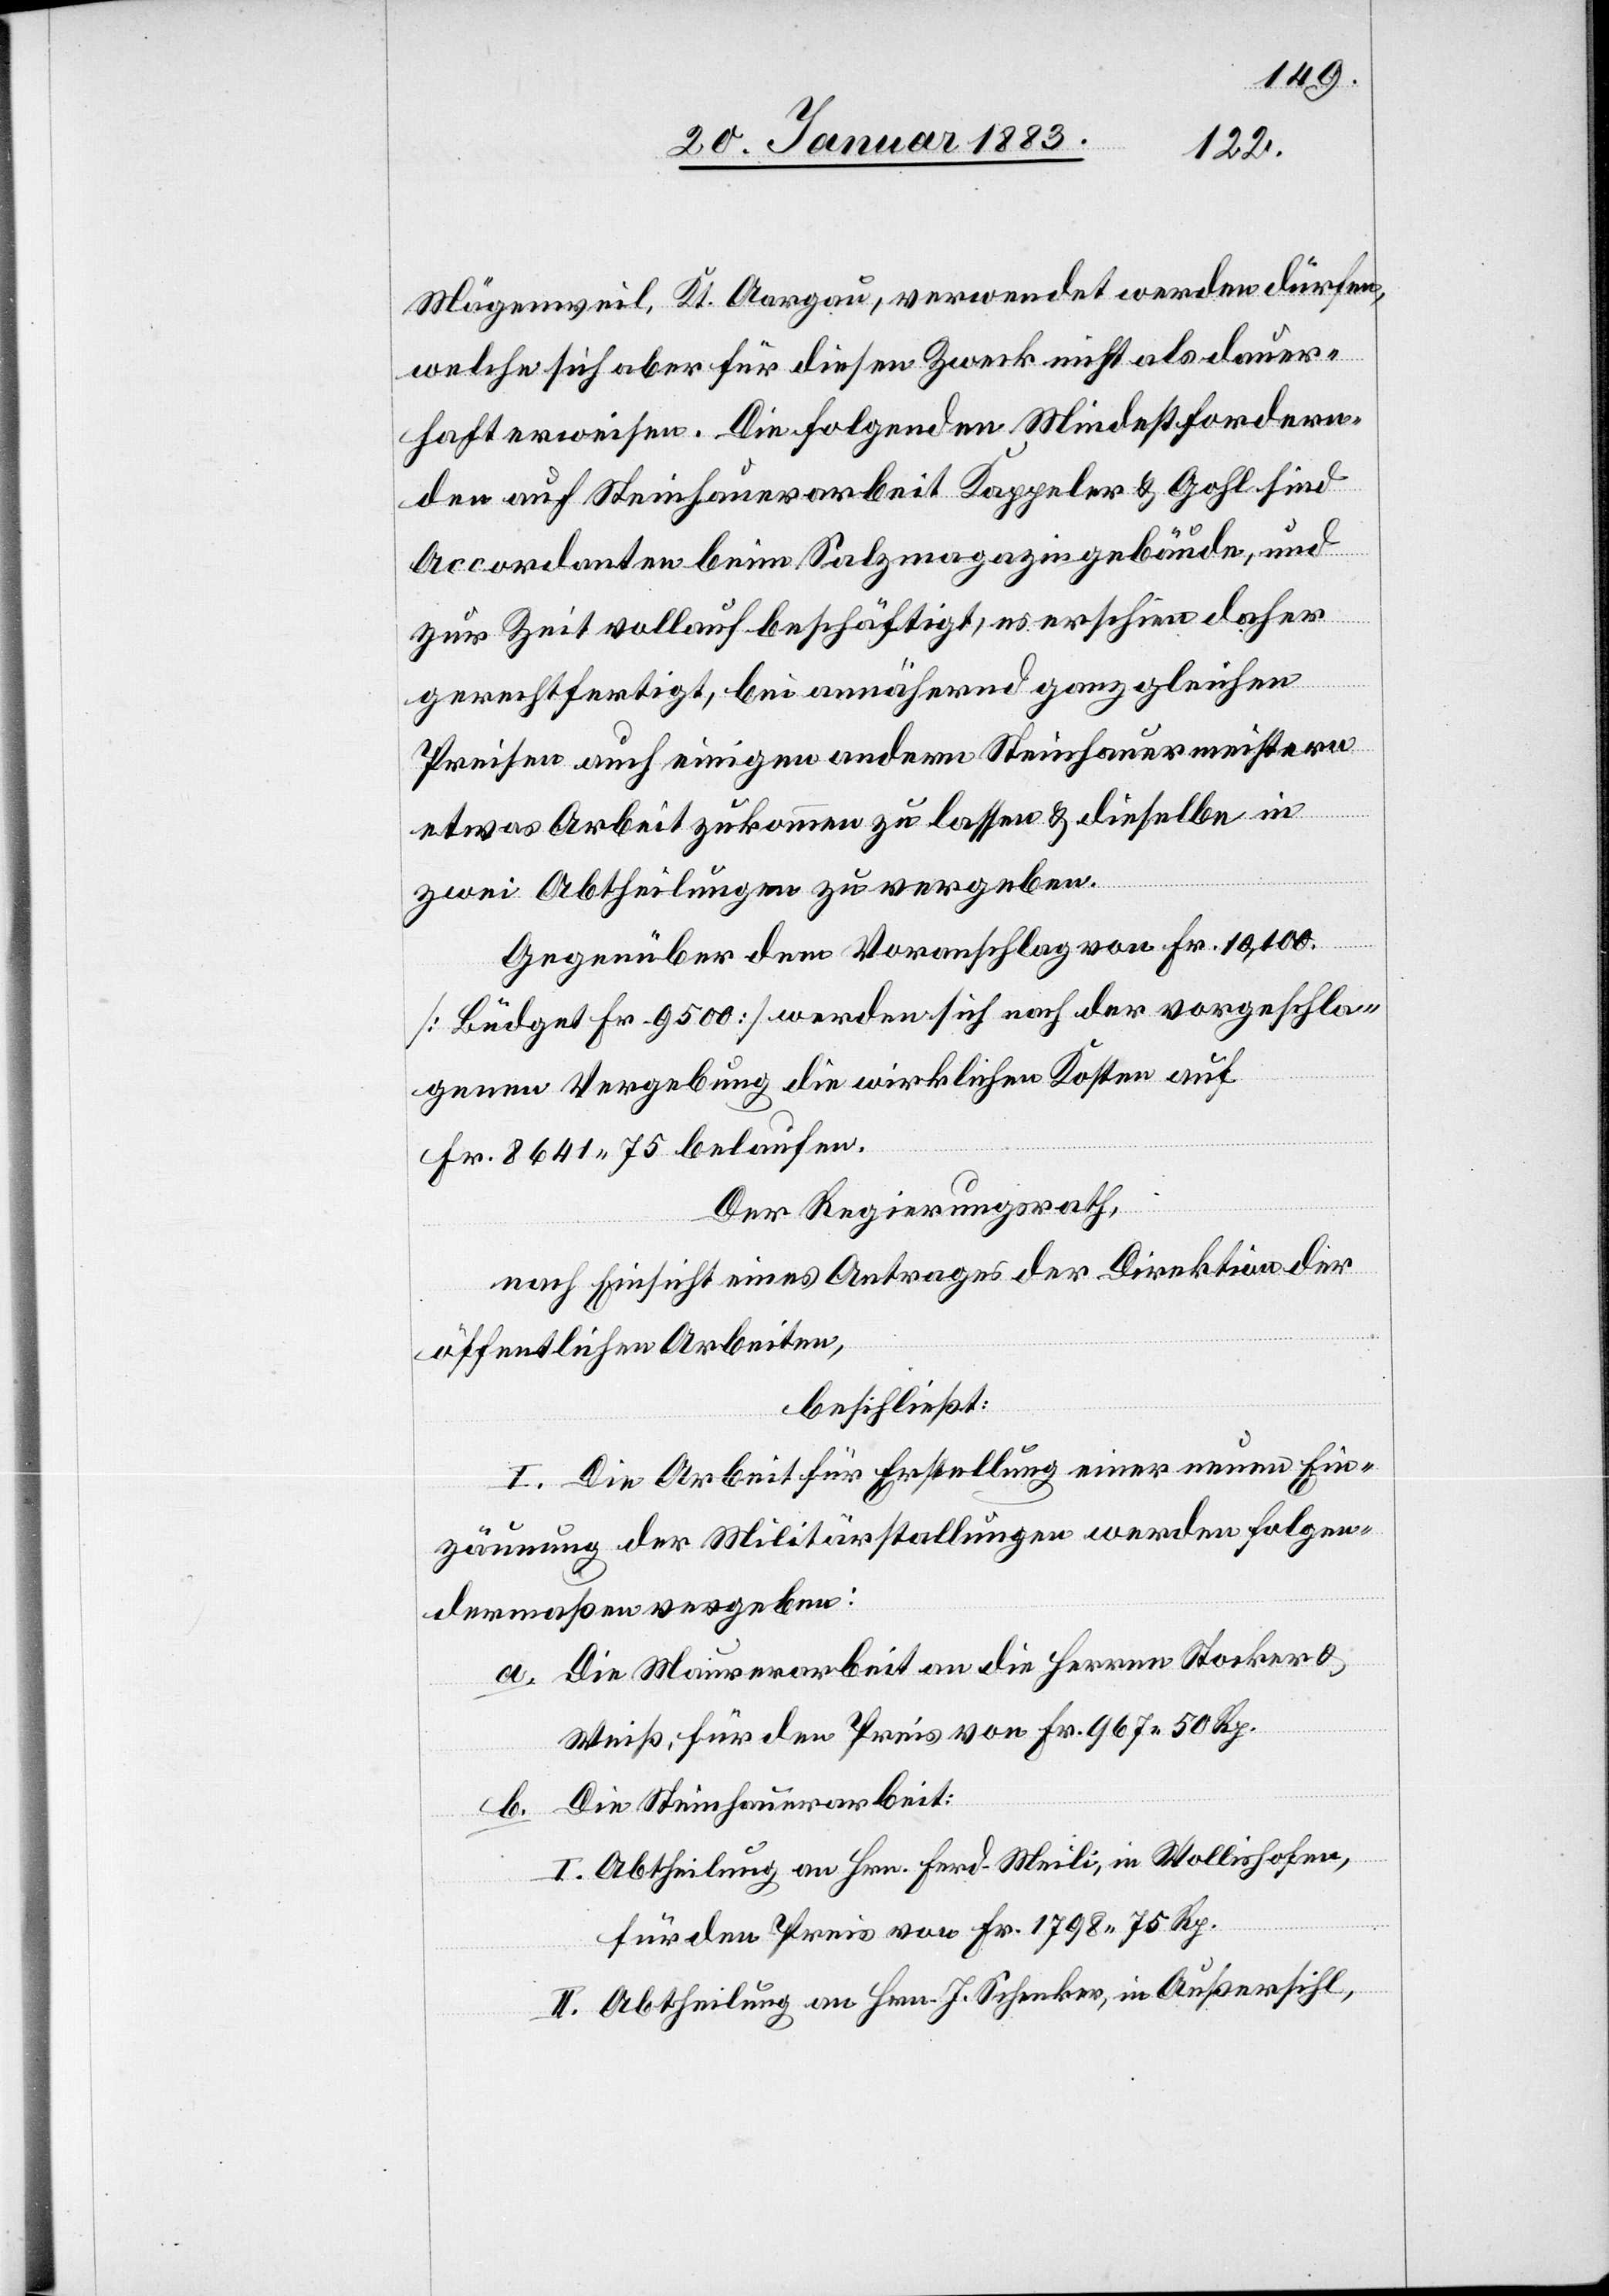
Mägenweil, Kt. Aargau, verwendet werden dürfen,
welche sich aber für diesen Zweck nicht als dauer¬
haft erweisen. Die folgenden Mindestfordern¬
den auf Steinhauerarbeit Kappeler & Gohl sind
Accordanten beim Salzmagazingebäude, und
zur Zeit vollauf beschäftigt, es erschien daher
gerechtfertigt, bei annähernd ganz gleichen
Preisen auch einigen andern Steinhauermeistern
etwas Arbeit zukommen zu lassen & dieselbe in
zwei Abtheilungen zu vergeben.
Gegenüber dem Voranschlag von Fr. 10,100
[Büdget Fr. 9500] werden sich nach der vorgeschla¬
genen Vergebung die wirklichen Kosten auf
Fr. 8641 75 belaufen.
Der Regierungsrath,
nach Einsicht eines Antrages der Direktion der
öffentlichen Arbeiten,
beschließt:
I. Die Arbeit für Erstellung einer neuen Ein¬
zäunung der Millitärstallungen werden folgen¬
dermaßen vergeben:
a. Die Maurerarbeit an die Herren Stocker &
Weiß, für den Preis von Fr. 967 50 Rp.
b. Die Steinhauerarbeit:
I. Abtheilung an Hrn. Ferd. Meili, in Wollishofen,
für den Preis von Fr. 1798 75 Rp.
II. Abtheilung an Hrn. L. Schenker, in Außersihl,